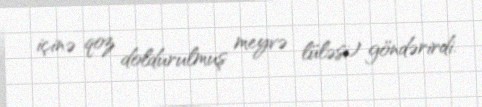
içinə qoz doldurulmuş meyvə lüləsi) göndərirdi.